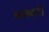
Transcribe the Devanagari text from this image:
जानवारो